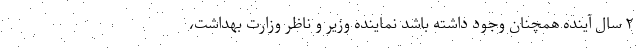
۲ سال آینده همچنان وجود داشته باشد نماینده وزیر و ناظر وزارت بهداشت،